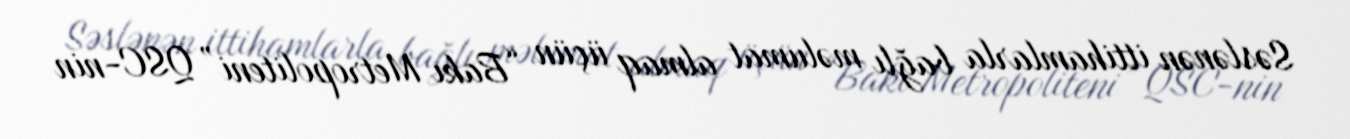
Səslənən ittihamlarla bağlı məlumat almaq üçün “Bakı Metropoliteni” QSC-nin